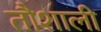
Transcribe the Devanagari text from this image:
तौशाली